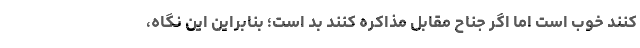
کنند خوب است اما اگر جناح مقابل مذاکره کنند بد است؛ بنابراین این نگاه،